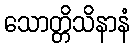
သောတ္တိသိနာနံ